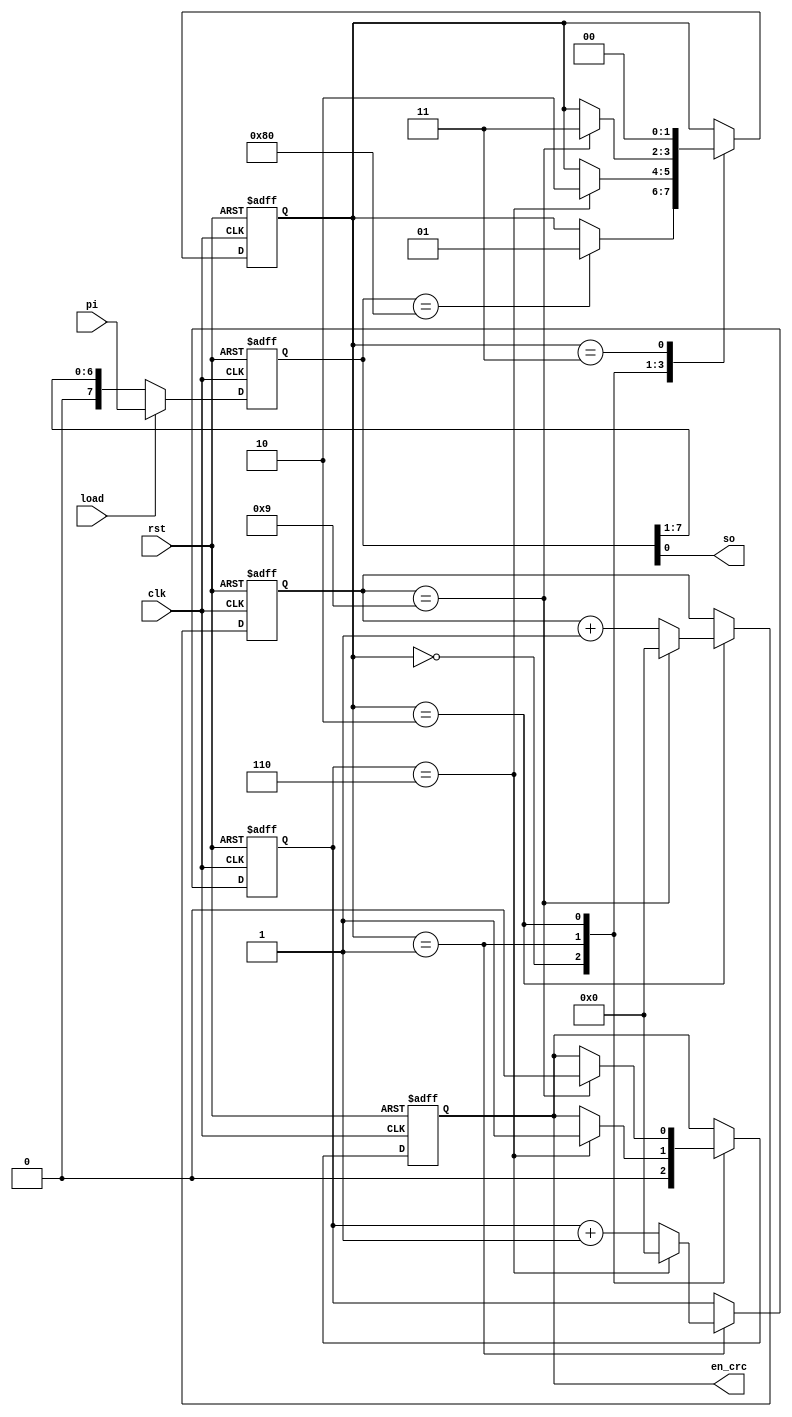
module piso (
  clk,
  rst,
  load,
  pi,
  so,
  en_crc
);

input clk;
input rst;
input load;
input [7:0] pi;
output so;
output en_crc;

reg [1:0]state;
reg [3:0] cnt1;
reg [3:0] cnt2;
reg [7:0] r;
reg en_crc;
//reg so;
//reg en; 

assign so = r[0];

always@(posedge clk or negedge rst) 
begin
  if (!rst)
  begin
    r <= 8'b11111111;
   // en <= 1'b0;
  end  
  else 
   begin
    //en <= load;
     if (load)
     r <= pi;    
    else
		//so <= r[0];
    r <= {1'b0, r[7:1]};
  end  
end

always@(posedge clk, negedge rst)
begin
  if(!rst)
		begin
			cnt1 <= 4'd0;
			cnt2 <= 4'd0;
			en_crc <= 1'b0;
			state <= 2'd0;
		end
	else
		begin
			case(state)
				0: begin
			      en_crc <= 1'b0;
						if(r == 8'b10000000)
						begin
							state <= 2'd1;
						end	
					 end
					 
				1: begin
						 cnt1 <= cnt1 + 1;
						 if(cnt1 == 4'd6)
							begin
								state <= 2'd2;
								en_crc <= 1'b1;
								cnt1 <= 4'd0;
							end
						end	
				 2: begin
						  cnt2 <= cnt2 + 1;
						 if(cnt2 == 4'd9)
							begin
								state <= 2'd3;
								en_crc <= 1'b0;
								cnt2 <= 4'd0;
							end
						 end	
					3:begin
							state <= 2'b0;
						end
						
          default :begin 
						state <= 2'b0;						
					end
			endcase
		end
end		
endmodule